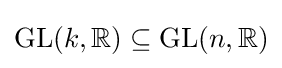
\mathrm {GL} (k,\mathbb {R} )\subseteq \mathrm {GL} (n,\mathbb {R} )